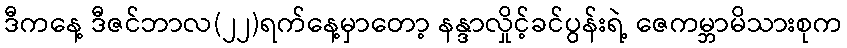
ဒီကနေ့ ဒီဇင်ဘာလ(၂၂)ရက်နေ့မှာတော့ နန္ဒာလှိုင့်ခင်ပွန်းရဲ့ ဇေကမ္ဘာမိသားစုက